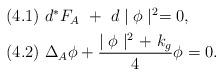
LaTeX: \begin{align*}\begin{aligned}&(4.1)\ d^{*}F_{A}\ +\ d\mid\phi\mid^{2}=0,\\&(4.2)\ \Delta_{A} \phi + \frac{\mid \phi \mid^{2}+\ k_{g}}{4}\phi = 0.\end{aligned}\end{align*}